Reports on dispensaries and lunatic asylums in the Province of Oudh - 1869-1876
Year: 1869
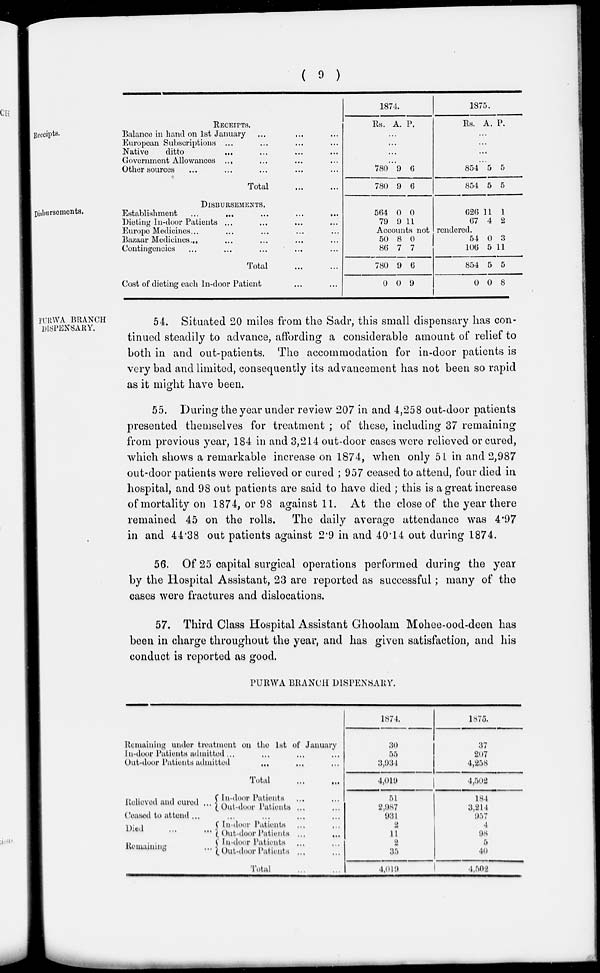
( 9 )
Receipts.
RECEIPTS.
Balance in hand on 1st January ... ... ...
European Subscriptions ... ... ... ...
Native
ditto
... ... ... ...
Government Allowances ... ... ... ...
Other sources ... ... ... ... ...
Total ... ...
1874.
Rs. A. P.
...
...
...
...
780
780
9
9
6
6
1875.
Rs. A. P.
...
...
...
...
854
854
5
5
5
5
Disbursements.
DISBURSEMENTS.
Establishment
...
...
...
...
...
...
Dieting In-door Patients ... ... ... ... ...
Europe Medicines ... ... ... ... ...
Bazaar Medicines ... ... ... ... ...
Contingencies ... ... ... ... ...
Total ... ...
Cost of dieting each In-door Patient ... ...
564
79
0
9
0
11
626
67
11
4
1
2
Accounts not rendered.
50
86
780
0
8
7
9
0
0
7
6
9
54
106
854
0
0
5
5
0
3
11
5
8
PURWA BRANCH
DISPENSARY.
54. Situated 20 miles from the Sadr, this small dispensary has con-
tinued steadily to advance, affording a considerable amount of relief to
both in and out-patients. The accommodation for in-door patients is
very bad and limited, consequently its advancement has not been so rapid
as it might have been.
55. During the year under review 207 in and 4,258 out-door patients
presented themselves for treatment ; of these, including 37 remaining
from previous year, 184 in and 3,214 out-door cases were relieved or cured,
which shows a remarkable increase on 1874, when only 51 in and 2,987
out-door patients were relieved or cured ; 957 ceased to attend, four died in
hospital, and 98 out patients are said to have died ; this is a great increase
of mortality on 1874, or 98 against 11. At the close of the year there
remained 45 on the rolls. The daily average attendance was 4.97
in and 44.38 out patients against 2.9 in and 40.14 out during 1874.
56. Of 25 capital surgical operations performed during the year
by the Hospital Assistant, 23 are reported as successful; many of the
cases were fractures and dislocations.
57. Third Class Hospital Assistant Ghoolam Mohee-ood-deen has
been in charge throughout the year, and has given satisfaction, and his
conduct is reported as good.
PURWA BRANCH DISPENSARY.
Remaining under treatment on the 1st of January
In-door Patients admitted ...
Out-door Patients admitted
...
Total
Relieved and cured ...
In-door Patients
Out-door Patients ...
Ceased to attend ...
Died
...
...
Remaining
...
In-door Patients
Out-door Patients ...
...
In-door Patients
Out-door Patients ...
Total
1874.
30
55
3,934
4,019
51
2,987
931
2
11
2
35
4,019
1875.
37
207
4,258
4,502
184
3,214
957
4
98
5
40
4,502